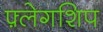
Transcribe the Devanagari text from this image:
फ़्लेगशिप